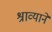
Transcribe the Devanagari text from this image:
श्राव्याने